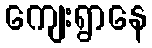
ကျေးရွာနေ